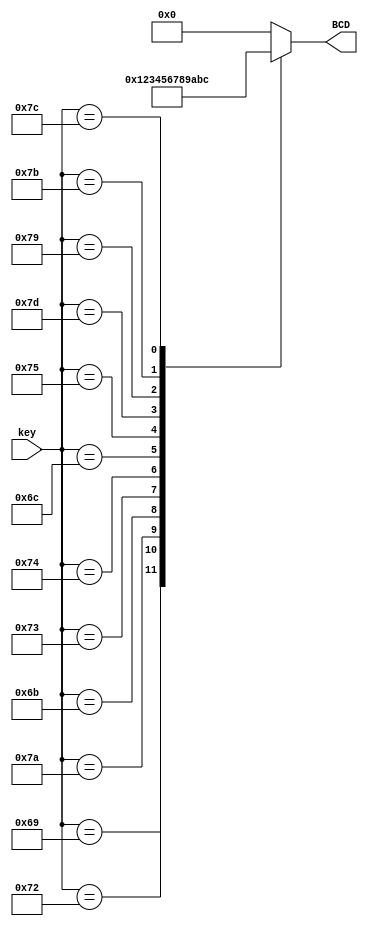
`timescale 1ns / 1ps
//////////////////////////////////////////////////////////////////////////////////
// Company: 
// Engineer: 
// 
// Design Name: 
// Module Name: key_BCD_decoder
// Project Name: 
// Target Devices: 
// Tool Versions: 
// Description: 
// 
// Dependencies: 
// 
// Revision:
// Revision 0.01 - File Created
// Additional Comments:
// 
//////////////////////////////////////////////////////////////////////////////////

`define KEY_0 {1'b0 , 8'h70}
`define KEY_1 {1'b0 , 8'h69}
`define KEY_2 {1'b0 , 8'h72}
`define KEY_3 {1'b0 , 8'h7A}
`define KEY_4 {1'b0 , 8'h6B}
`define KEY_5 {1'b0 , 8'h73}
`define KEY_6 {1'b0 , 8'h74}
`define KEY_7 {1'b0 , 8'h6C}
`define KEY_8 {1'b0 , 8'h75}
`define KEY_9 {1'b0 , 8'h7D}
`define KEY_A {1'b0 , 8'h79}
`define KEY_S {1'b0 , 8'h7B}
`define KEY_M {1'b0 , 8'h7C}
`define KEY_ENT {1'b0 , 8'h71}

`define SSD_A 4'b1010
`define SSD_S 4'b1011
`define SSD_M 4'b1100
`define SSD_Z 4'b1101

///////////keyBCDAFWdefine~output 0
module key_BCD_decoder(
    input [8:0]key,
    output reg [3:0]BCD
    );
    
    always@*
        case(key)
        `KEY_0:BCD <= 0;
        `KEY_1:BCD <= 1;
        `KEY_2:BCD <= 2;
        `KEY_3:BCD <= 3;
        `KEY_4:BCD <= 4;
        `KEY_5:BCD <= 5;
        `KEY_6:BCD <= 6;
        `KEY_7:BCD <= 7;
        `KEY_8:BCD <= 8;
        `KEY_9:BCD <= 9;
        `KEY_A:BCD <= `SSD_A;
        `KEY_S:BCD <= `SSD_S;
        `KEY_M:BCD <= `SSD_M;                      
        default:BCD <= 0;
        endcase  
    
    
endmodule